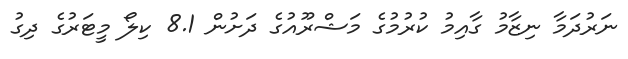
ނަރުދަމާ ނިޒާމު ގާއިމު ކުރުމުގެ މަޝްރޫއުގެ ދަށުން 8.1 ކިލޯ މީޓަރުގެ ދިގު